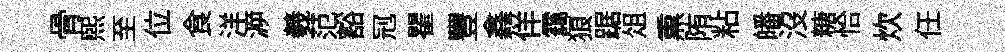
骨煕至位食洋㴑羲范豁𠜍瞿豐鑫佯靄狼踞俎𤋱陏粘皤沒糖恰炊任